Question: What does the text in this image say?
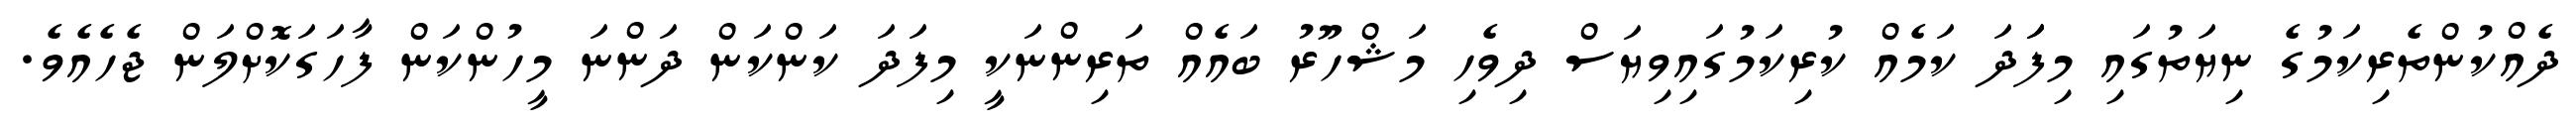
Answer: ދެއްކުންތެރިކަމުގެ ނިޔަތުގައި މިފަަދަ ކަމެއް ކުރިކަމުގައިވިޔަސް ދިވެހި މަޝްހޫރު ބައެއް ތަރިންނަކީ މިފަދަ ކަންކަން ދަންނަ މީހުންކަން ފާހަގަކޮށްލަން ޖެހެއެވެ.